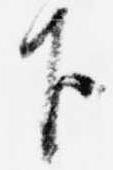
下